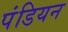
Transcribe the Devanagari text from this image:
पंडियन